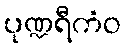
ပုဏ္ဍရီကံဝ